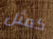
كمثل